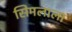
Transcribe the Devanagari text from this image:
सिमलाला